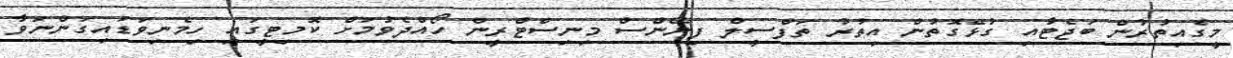
މީގެއިތުރުން ބަޖެޓާއި ގުޅޭގޮތުން އިތުރު ތަފްސީލް ފިނޭންސް މިނިސްޓްރީން ހޯއްދެވުމަށް ކޮމިޓީގައި ހިމެނިވަޑައިގަންނަވާ